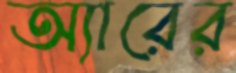
অ্যারের